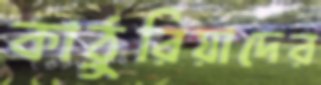
কাঠুরিয়াদের